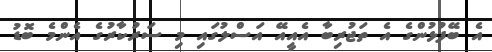
އެ ބޭފުޅުންގެ އެ ތަޖުރިބާ އެއީއޭ އަސްލުގައި މި ސަރުކާރުގެ އެންމެ ބޮޑު